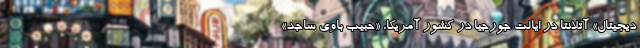
دیجیتال» آتلانتا در ایالت جورجیا در کشور آمریکا، «حبیب باوی ساجد»